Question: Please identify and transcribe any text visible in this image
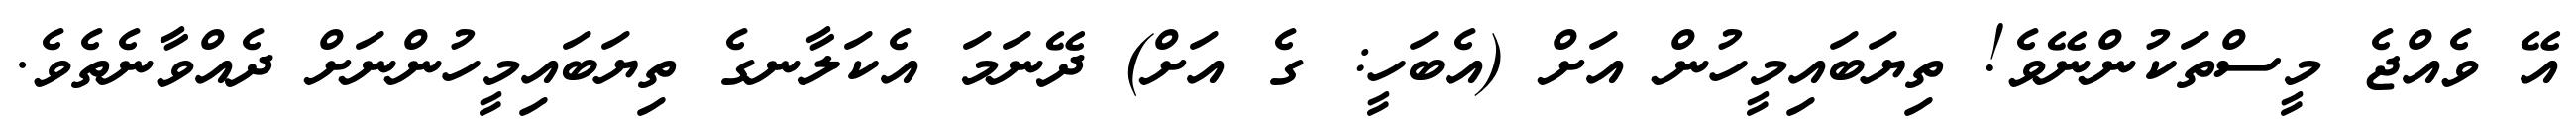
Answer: އޭ ވެއްޖެ މީސްތަކުންނޭވެ! ތިޔަބައިމީހުން އަށް (އެބަހީ: ގެ އަށް) ދޭނަމަ އެކަލާނގެ ތިޔަބައިމީހުންނަށް ދެއްވާނެތެވެ.